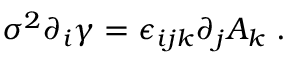
\sigma ^ { 2 } \partial _ { i } \gamma = \epsilon _ { i j k } \partial _ { j } A _ { k } \; .